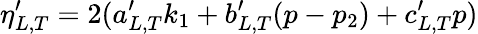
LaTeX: \eta_{L,T}^{\prime}=2(a_{L,T}^{\prime}k_{1}+b_{L,T}^{\prime}(p-p_{2})+c_{L,T}^{\prime}p)